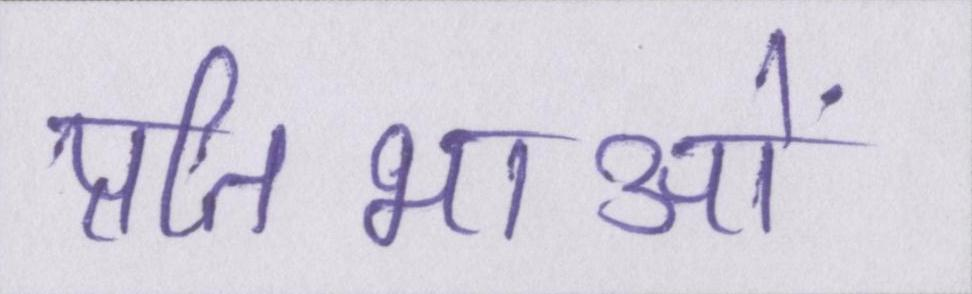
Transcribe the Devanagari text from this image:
प्रतिभाओं